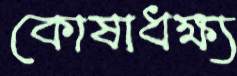
কোষাধক্ষ্য